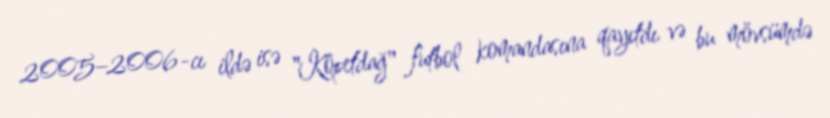
2005–2006-cı ildə isə "Kopetdağ" futbol komandasına qayıtdı və bu mövsümdə